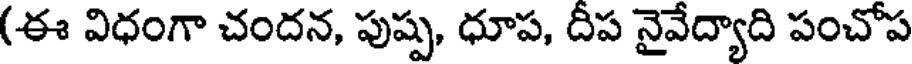
(ఈ విధంగా చందన, పుష్ప, ధూప, దీప నైవేద్యాది పంచోప